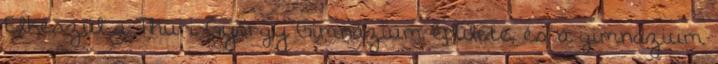
Elkészül a Thuri György Gimnázium épülete, és a gimnázium